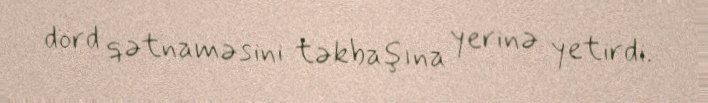
dörd qətnaməsini təkbaşına yerinə yetirdi.